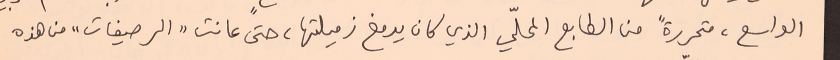
الواسع، متحررةً من الطابع المحليّ الذي كان يدفع زميلتها، حتى عانت "الرصيفات" من هذه